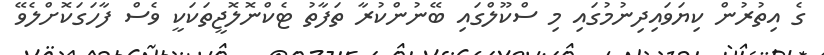
ގެ އިތުރުން ކިޔަވައިދިނުމުގައި މި ސްކޫލްގައި ބޭނުންކުރާ ތަފާތު ޓެކްނޮލޮޖީތަކަކީ ވެސް ފާހަގަކޮށްލެވޭ